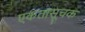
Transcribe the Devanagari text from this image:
एकतासूचक